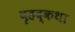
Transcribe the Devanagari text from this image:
वृहद्कथा